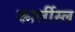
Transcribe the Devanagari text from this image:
कार्लीस्ल